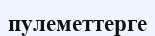
пулеметтерге